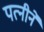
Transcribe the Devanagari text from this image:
पत्नीनें